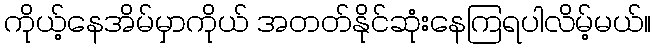
ကိုယ့်နေအိမ်မှာကိုယ် အတတ်နိုင်ဆုံးနေကြရပါလိမ့်မယ်။